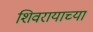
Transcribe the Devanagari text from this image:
शिवरायाच्या